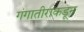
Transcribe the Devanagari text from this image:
गंगातीराकडून